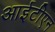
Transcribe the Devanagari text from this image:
आईटीएन